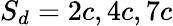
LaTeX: S_{d}=2c,4c,7c